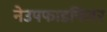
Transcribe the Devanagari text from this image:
नेउपफाडफिंदर